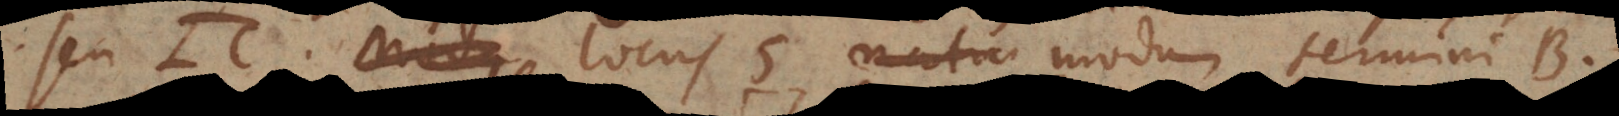
seu LC, locus [6] modum termini [